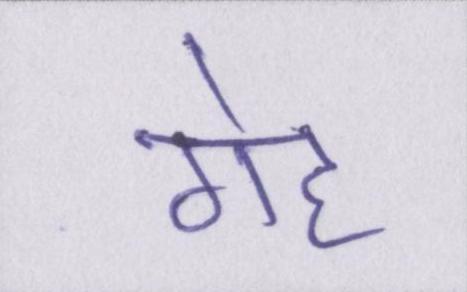
गेह